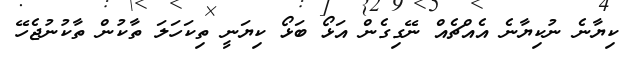
ކިޔާނެ ނުކިޔާނެ އެއްޗެއް ނޭގިގެން އަޅޯ ބަޅޯ ކިޔަނީ ތިކަހަލަ ތާކުން ތާކުނުޖެހޭ